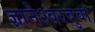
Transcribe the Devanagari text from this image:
ज्ञानेश्वरबुवा